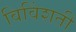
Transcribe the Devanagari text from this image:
विविंशती